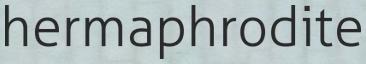
hermaphrodite